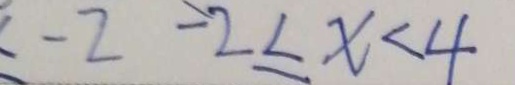
- 2 - 2 \leq x < 4